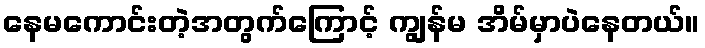
နေမကောင်းတဲ့အတွက်ကြောင့် ကျွန်မ အိမ်မှာပဲနေတယ်။